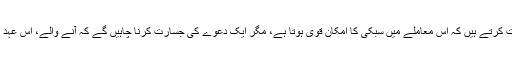
ویسے تو بزرگ دعووں سے اجتناب کی نصیحت کرتے ہیں کہ اِس معاملے میں سبکی کا امکان قوی ہوتا ہے، مگر ایک دعوے کی جسارت کرنا چاہیں گے کہ آنے والے، اِس عہد کو ”انتظار حسین کا عہد“ کہہ کر یاد کریں گے۔